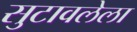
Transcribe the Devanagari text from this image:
सुटावलेला